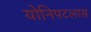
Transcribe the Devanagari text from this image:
योनिपटलास